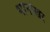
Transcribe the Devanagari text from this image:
भानोखर